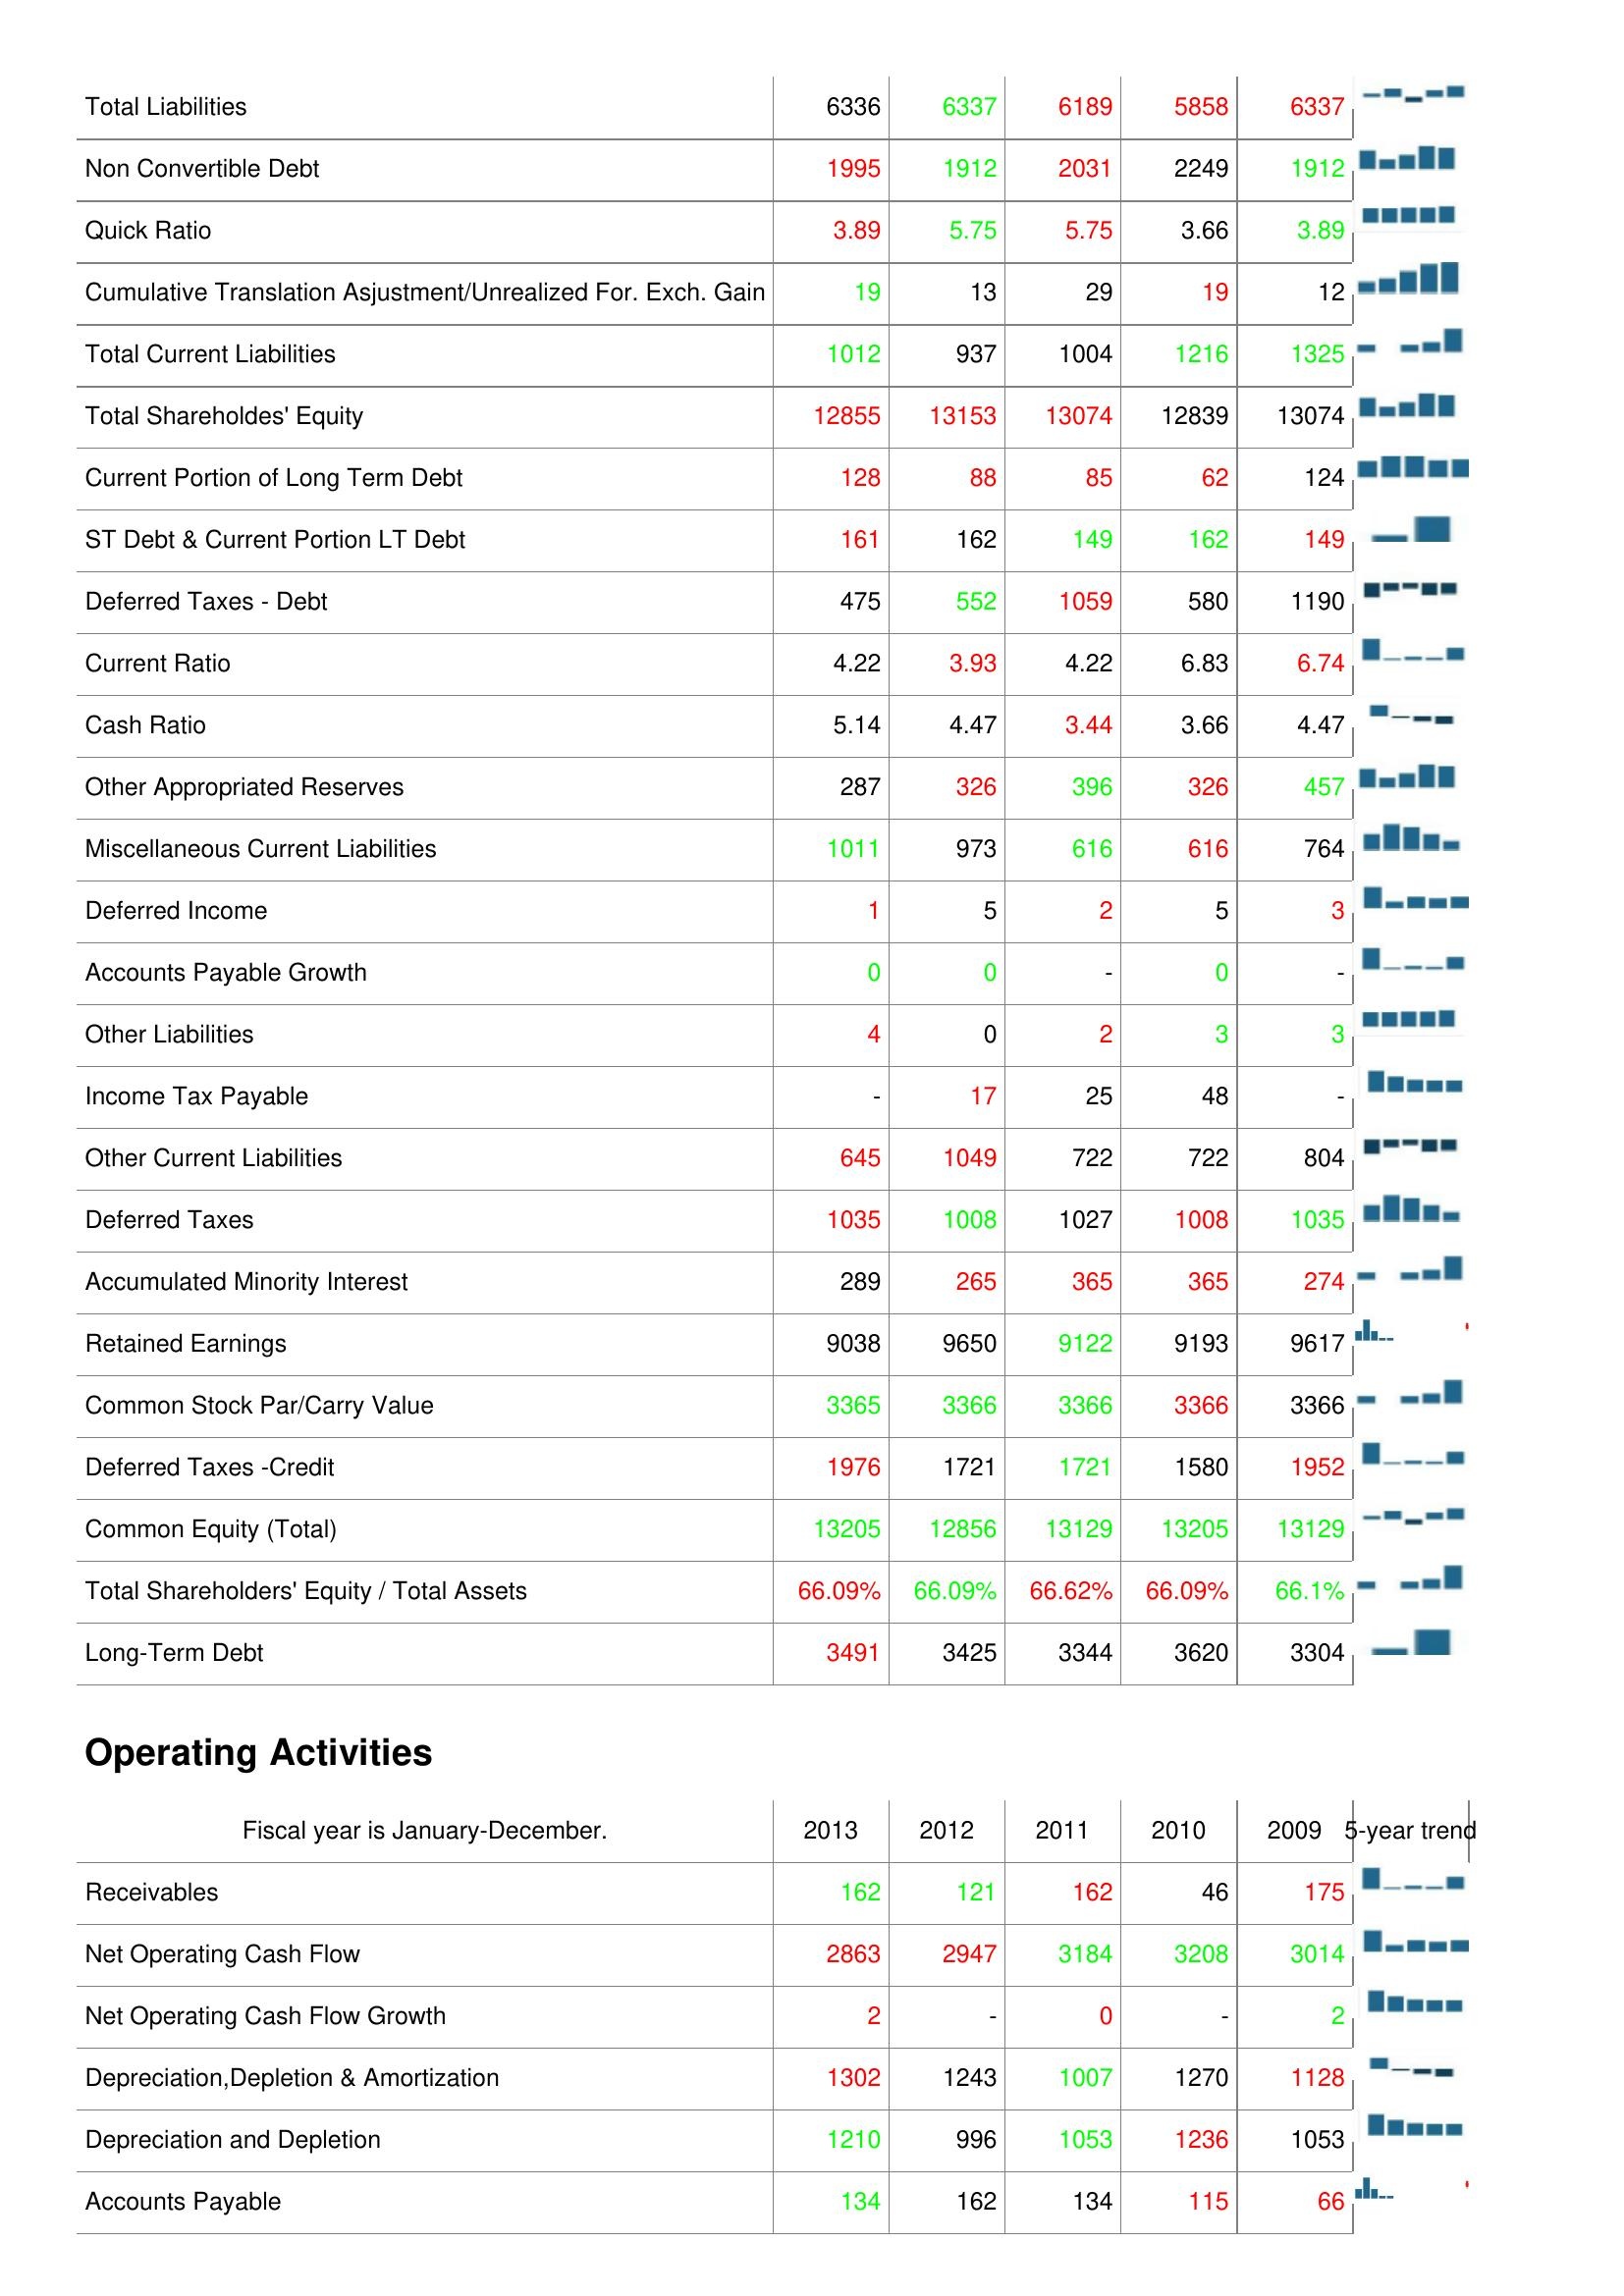
2013: Liabilities & Shareholder's Equity: Total Liabilities: 6336
Non Convertible Debt: 1995
Quick Ratio: 3.89
Cumulative Translation Asjustment/Unrealized For. Exch. Gain: 19
Total Current Liabilities: 1012
Total Shareholdes' Equity: 12855
Current Portion of Long Term Debt: 128
ST Debt & Current Portion LT Debt: 161
Deferred Taxes - Debt: 475
Current Ratio: 4.22
Cash Ratio: 5.14
Other Appropriated Reserves: 287
Miscellaneous Current Liabilities: 1011
Deferred Income: 1
Accounts Payable Growth: 0
Other Liabilities: 4
Income Tax Payable: -
Other Current Liabilities: 645
Deferred Taxes: 1035
Accumulated Minority Interest: 289
Retained Earnings: 9038
Common Stock Par/Carry Value: 3365
Deferred Taxes -Credit: 1976
Common Equity (Total): 13205
Total Shareholders' Equity / Total Assets: 66.09%
Long-Term Debt: 3491
Operating Activities: Receivables: 162
Net Operating Cash Flow: 2863
Net Operating Cash Flow Growth: 2
Depreciation,Depletion & Amortization: 1302
Depreciation and Depletion: 1210
Accounts Payable: 134
2012: Liabilities & Shareholder's Equity: Total Liabilities: 6337
Non Convertible Debt: 1912
Quick Ratio: 5.75
Cumulative Translation Asjustment/Unrealized For. Exch. Gain: 13
Total Current Liabilities: 937
Total Shareholdes' Equity: 13153
Current Portion of Long Term Debt: 88
ST Debt & Current Portion LT Debt: 162
Deferred Taxes - Debt: 552
Current Ratio: 3.93
Cash Ratio: 4.47
Other Appropriated Reserves: 326
Miscellaneous Current Liabilities: 973
Deferred Income: 5
Accounts Payable Growth: 0
Other Liabilities: 0
Income Tax Payable: 17
Other Current Liabilities: 1049
Deferred Taxes: 1008
Accumulated Minority Interest: 265
Retained Earnings: 9650
Common Stock Par/Carry Value: 3366
Deferred Taxes -Credit: 1721
Common Equity (Total): 12856
Total Shareholders' Equity / Total Assets: 66.09%
Long-Term Debt: 3425
Operating Activities: Receivables: 121
Net Operating Cash Flow: 2947
Net Operating Cash Flow Growth: -
Depreciation,Depletion & Amortization: 1243
Depreciation and Depletion: 996
Accounts Payable: 162
2011: Liabilities & Shareholder's Equity: Total Liabilities: 6189
Non Convertible Debt: 2031
Quick Ratio: 5.75
Cumulative Translation Asjustment/Unrealized For. Exch. Gain: 29
Total Current Liabilities: 1004
Total Shareholdes' Equity: 13074
Current Portion of Long Term Debt: 85
ST Debt & Current Portion LT Debt: 149
Deferred Taxes - Debt: 1059
Current Ratio: 4.22
Cash Ratio: 3.44
Other Appropriated Reserves: 396
Miscellaneous Current Liabilities: 616
Deferred Income: 2
Accounts Payable Growth: -
Other Liabilities: 2
Income Tax Payable: 25
Other Current Liabilities: 722
Deferred Taxes: 1027
Accumulated Minority Interest: 365
Retained Earnings: 9122
Common Stock Par/Carry Value: 3366
Deferred Taxes -Credit: 1721
Common Equity (Total): 13129
Total Shareholders' Equity / Total Assets: 66.62%
Long-Term Debt: 3344
Operating Activities: Receivables: 162
Net Operating Cash Flow: 3184
Net Operating Cash Flow Growth: 0
Depreciation,Depletion & Amortization: 1007
Depreciation and Depletion: 1053
Accounts Payable: 134
2010: Liabilities & Shareholder's Equity: Total Liabilities: 5858
Non Convertible Debt: 2249
Quick Ratio: 3.66
Cumulative Translation Asjustment/Unrealized For. Exch. Gain: 19
Total Current Liabilities: 1216
Total Shareholdes' Equity: 12839
Current Portion of Long Term Debt: 62
ST Debt & Current Portion LT Debt: 162
Deferred Taxes - Debt: 580
Current Ratio: 6.83
Cash Ratio: 3.66
Other Appropriated Reserves: 326
Miscellaneous Current Liabilities: 616
Deferred Income: 5
Accounts Payable Growth: 0
Other Liabilities: 3
Income Tax Payable: 48
Other Current Liabilities: 722
Deferred Taxes: 1008
Accumulated Minority Interest: 365
Retained Earnings: 9193
Common Stock Par/Carry Value: 3366
Deferred Taxes -Credit: 1580
Common Equity (Total): 13205
Total Shareholders' Equity / Total Assets: 66.09%
Long-Term Debt: 3620
Operating Activities: Receivables: 46
Net Operating Cash Flow: 3208
Net Operating Cash Flow Growth: -
Depreciation,Depletion & Amortization: 1270
Depreciation and Depletion: 1236
Accounts Payable: 115
2009: Liabilities & Shareholder's Equity: Total Liabilities: 6337
Non Convertible Debt: 1912
Quick Ratio: 3.89
Cumulative Translation Asjustment/Unrealized For. Exch. Gain: 12
Total Current Liabilities: 1325
Total Shareholdes' Equity: 13074
Current Portion of Long Term Debt: 124
ST Debt & Current Portion LT Debt: 149
Deferred Taxes - Debt: 1190
Current Ratio: 6.74
Cash Ratio: 4.47
Other Appropriated Reserves: 457
Miscellaneous Current Liabilities: 764
Deferred Income: 3
Accounts Payable Growth: -
Other Liabilities: 3
Income Tax Payable: -
Other Current Liabilities: 804
Deferred Taxes: 1035
Accumulated Minority Interest: 274
Retained Earnings: 9617
Common Stock Par/Carry Value: 3366
Deferred Taxes -Credit: 1952
Common Equity (Total): 13129
Total Shareholders' Equity / Total Assets: 66.1%
Long-Term Debt: 3304
Operating Activities: Receivables: 175
Net Operating Cash Flow: 3014
Net Operating Cash Flow Growth: 2
Depreciation,Depletion & Amortization: 1128
Depreciation and Depletion: 1053
Accounts Payable: 66